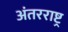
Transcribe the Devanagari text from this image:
अंतरराष्ट्र